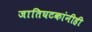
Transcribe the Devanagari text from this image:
जातिघटकांनीही